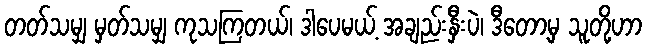
တတ်သမျှ မှတ်သမျှ ကုသကြတယ်၊ ဒါပေမယ့် အချည်းနှီးပဲ၊ ဒီတော့မှ သူတို့ဟာ